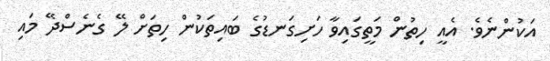
އަކުންނެވެ. އެއީ ހިތުން މަތީގައިވާ ހަށިގަނޑުގެ ބައިތަކުން ހިތަށް ލޭ ގެނެސްދޭ މައި